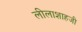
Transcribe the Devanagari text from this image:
लीलाशाहजी